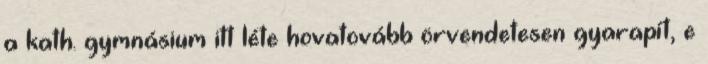
a kath. gymnásium itt léte hovatovább örvendetesen gyarapít, e